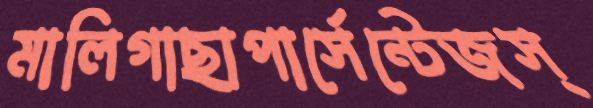
মালিগাছাপার্সেন্টেজস্